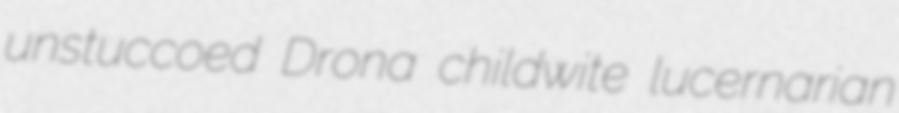
unstuccoed Drona childwite lucernarian